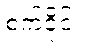
စက်ဝိုင်း